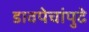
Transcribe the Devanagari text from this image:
डावपेचांपुढे